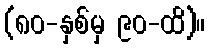
(၈၀-နှစ်မှ ၉၀-ထိ)။